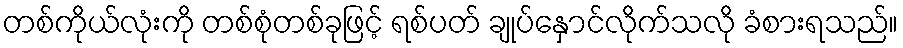
တစ်ကိုယ်လုံးကို တစ်စုံတစ်ခုဖြင့် ရစ်ပတ် ချုပ်နှောင်လိုက်သလို ခံစားရသည်။